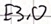
Text: E3.0